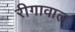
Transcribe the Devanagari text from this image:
रीगावाल